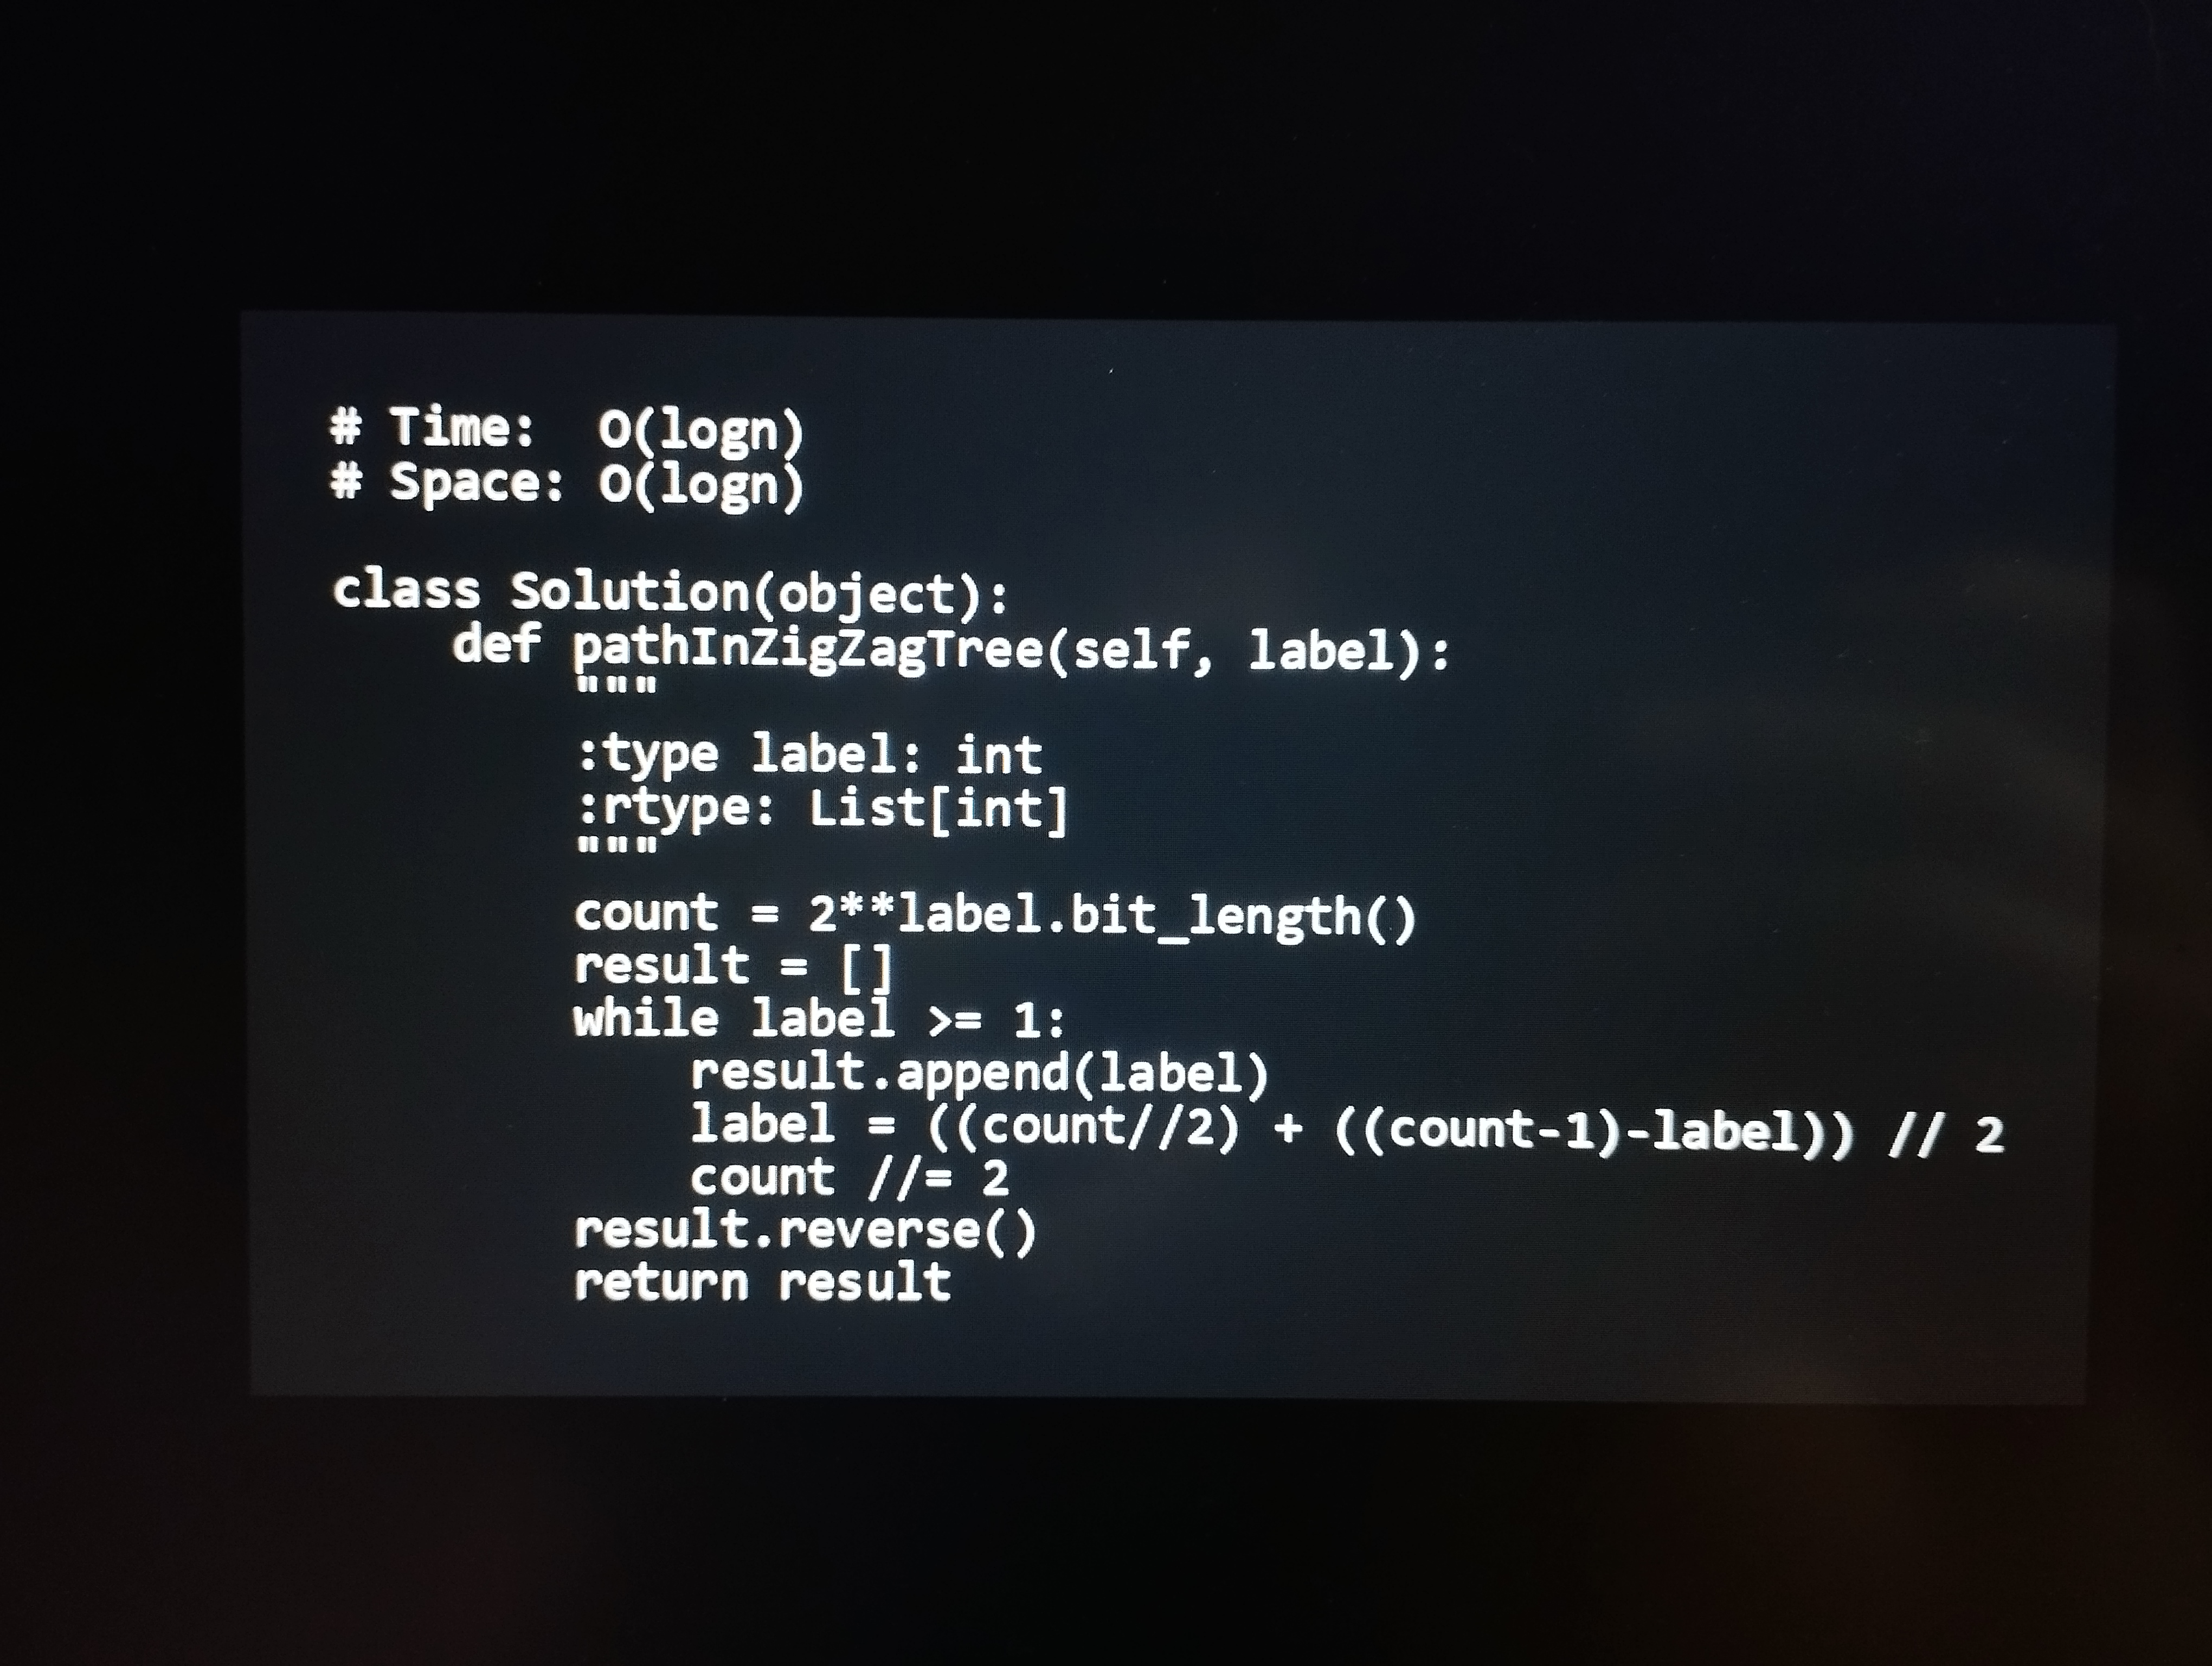
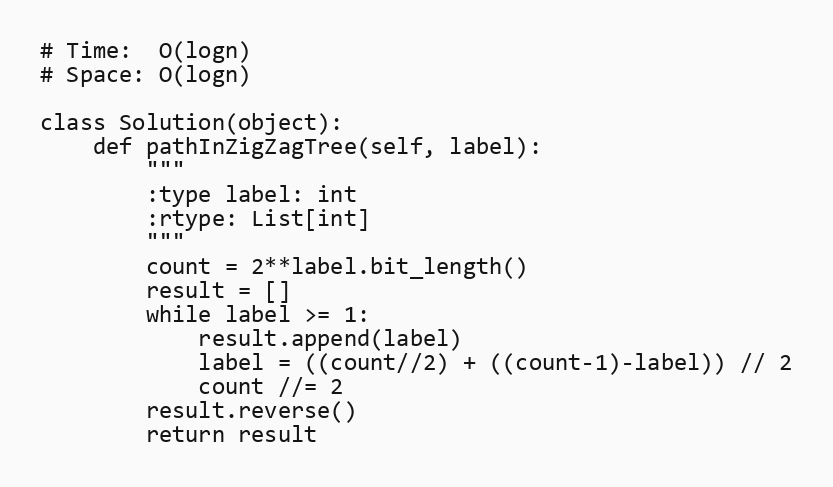
# Time:  O(logn)
# Space: O(logn)

class Solution(object):
    def pathInZigZagTree(self, label):
        """
        :type label: int
        :rtype: List[int]
        """
        count = 2**label.bit_length()
        result = []
        while label >= 1:
            result.append(label)
            label = ((count//2) + ((count-1)-label)) // 2
            count //= 2
        result.reverse()
        return result